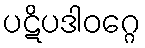
ပဋိပဒါဝဂ္ဂေ